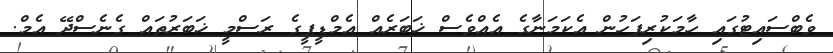
ވެބްސައިޓުގައި ހާމަކުރިފަހުން އެކަމަނާގެ އެއްވެސް ޚަބަރެއް އެމްޑީޕީގެ ރަސްމީ ޚަބަރުތައް ގެނެސްދޭ އެމް.